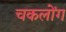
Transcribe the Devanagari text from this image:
चकलोंग